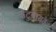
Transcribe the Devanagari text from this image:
कटुनायके